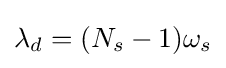
\lambda _{d}=(N_{s}-1)\omega _{s}